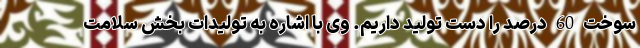
سوخت 60 درصد را دست تولید داریم. وی با اشاره به تولیدات بخش سلامت